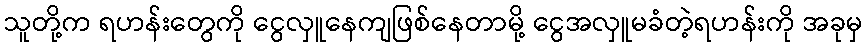
သူတို့က ရဟန်းတွေကို ငွေလှူနေကျဖြစ်နေတာမို့ ငွေအလှူမခံတဲ့ရဟန်းကို အခုမှ